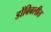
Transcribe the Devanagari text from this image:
डोंबिबलीत